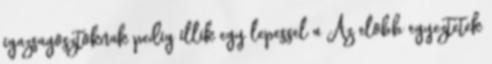
igazsagosztoknak pedig illik egy lepessel a Az elobb egyeztetek